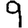
Digit: 9